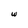
Character: w